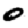
Digit: 0